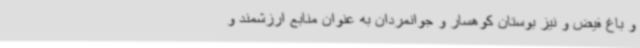
و باغ فیض و نیز بوستان کوهسار و جوانمردان به عنوان منابع ارزشمند و